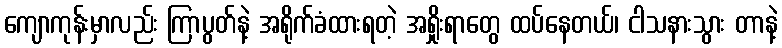
ကျောကုန်းမှာလည်း ကြာပွတ်နဲ့ အရိုက်ခံထားရတဲ့ အရှိုးရာတွေ ထပ်နေတယ်၊ ငါသနားသွား တာနဲ့